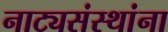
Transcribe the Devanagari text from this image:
नाट्यसंस्थांना